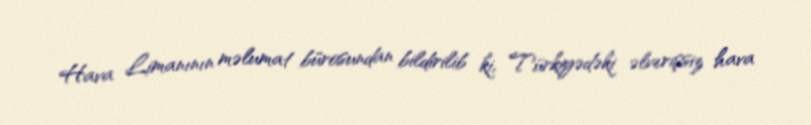
Hava Limanının məlumat bürosundan bildirilib ki, Türkiyədəki əlverişsiz hava